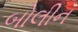
બોલીન